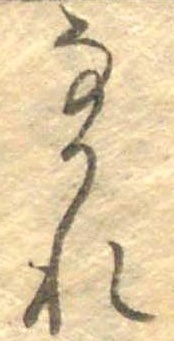
なかれ